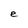
Character: e